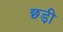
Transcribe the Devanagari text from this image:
छ्ड़ी